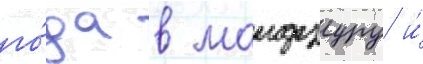
го́да в маидзуру и́